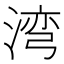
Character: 湾